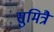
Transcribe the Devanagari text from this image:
सुमित्रै